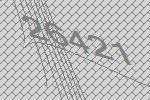
26421